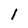
Character: 1